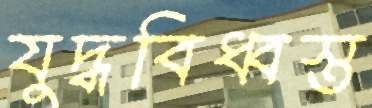
যুদ্ধবিধ্বস্ত